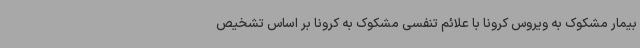
بیمار مشکوک به ویروس کرونا با علائم تنفسی مشکوک به کرونا بر اساس تشخیص